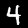
Digit: 4